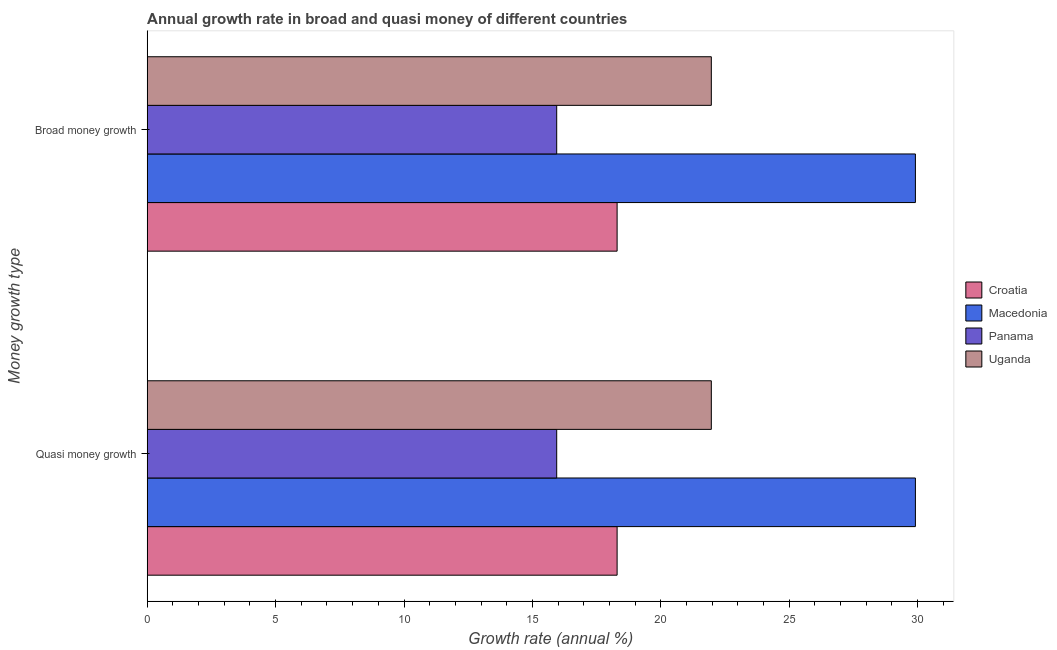
| Money growth type | Croatia | Macedonia | Panama | Uganda |
 | --- | --- | --- | --- | --- |
 | Quasi money growth | 18.3 | 29.9 | 15.9 | 22 |
 | Broad money growth | 18.3 | 29.9 | 15.9 | 22 |